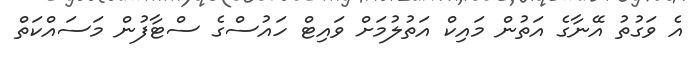
އެ ވަގުތު އޭނާގެ އަތުން މައިކް އަތުލުމަށް ވައިޓް ހައުސްގެ ސްޓާފުން މަސައްކަތް